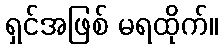
ရှင်အဖြစ် မရထိုက်။